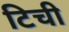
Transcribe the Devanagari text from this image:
टिची